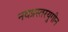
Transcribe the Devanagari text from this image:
नवप्रस्तरयुगीन